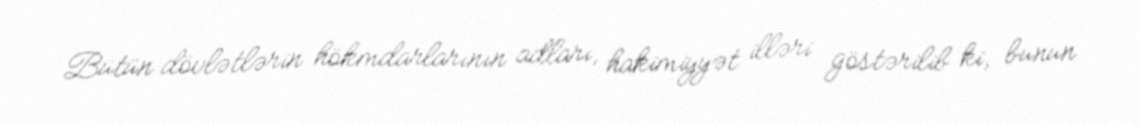
Bütün dövlətlərin hökmdarlarının adları, hakimiyyət illəri göstərilib ki, bunun